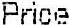
PRICE